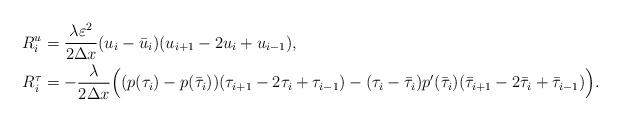
LaTeX: \begin{align*} \begin{aligned} R_i^u&=\dfrac{\lambda \varepsilon^2}{2\Delta x} (u_i-\bar u_i)(u_{i+1}-2u_i+u_{i-1}),\\ R_i^\tau&=-\dfrac{\lambda}{2\Delta x} \Big( (p(\tau_i) - p(\bar \tau_i)) (\tau_{i+1} -2\tau_i + \tau_{i-1}) - (\tau_i-\bar \tau_i)p'(\bar \tau_i) (\bar \tau_{i+1} - 2\bar \tau_i + \bar \tau_{i-1})\Big). \end{aligned}\end{align*}